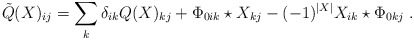
\begin{align*}\tilde{Q}(X)_{ij}=\sum_{k}\delta_{ik}Q(X)_{kj}+\Phi_{0ik}\star X_{kj}-(-1)^{|X|}X_{ik}\star \Phi_{0kj} \ .\end{align*}